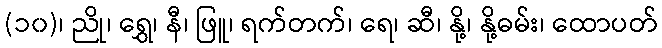
(၁၀)၊ ညို၊ ရွှေ၊ နီ၊ ဖြူ၊ ရက်တက်၊ ရေ၊ ဆီ၊ နို့၊ နို့ဓမ်း၊ ထောပတ်